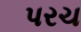
પરચ